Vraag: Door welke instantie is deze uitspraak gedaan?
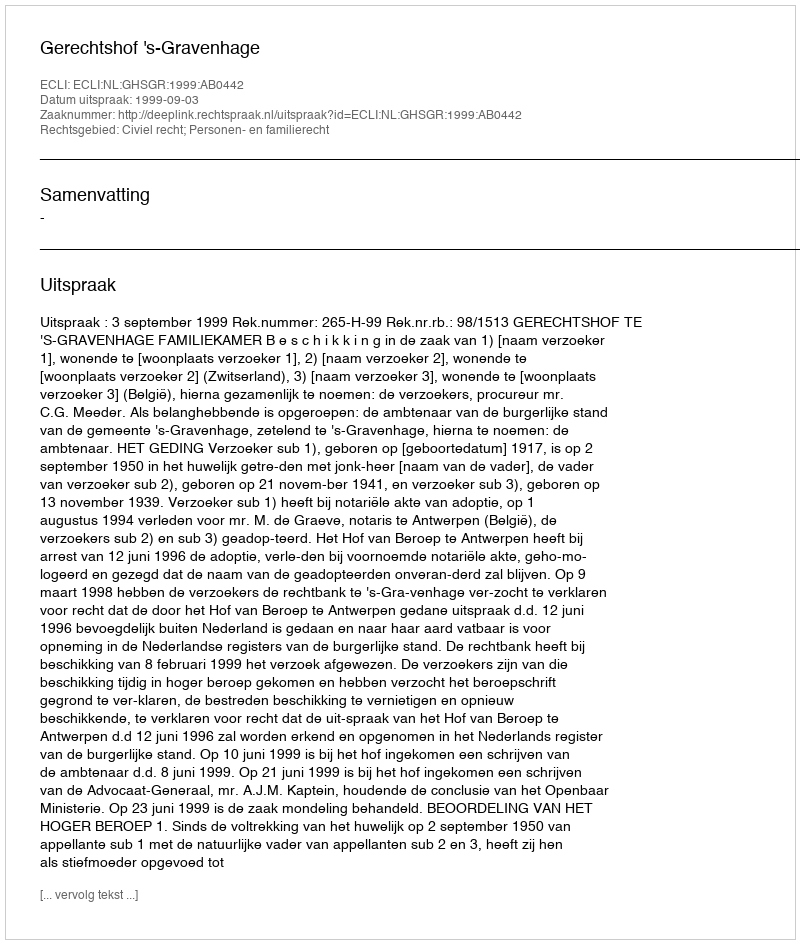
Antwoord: Gerechtshof 's-Gravenhage